Vaccination report Assam 1874-1896 - 1874-1896
Year: 1874
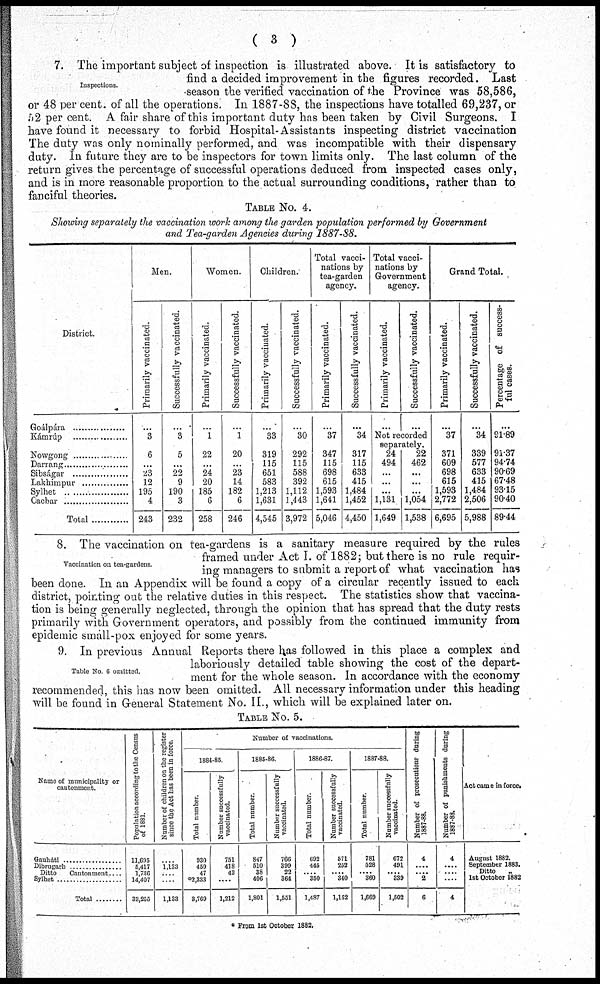
( 3 )
Inspections.
7. The important subject of inspection is illustrated above. It is satisfactory to
find a decided improvement in the figures recorded. Last
season the verified vaccination of the Province was 58,586,
or 48 per cent. of all the operations. In 1887-88, the inspections have totalled 69,237, or
52 per cent. A fair share of this important duty has been taken by Civil Surgeons. I
have found it necessary to forbid Hospital-Assistants inspecting district vaccination
The duty was only nominally performed, and was incompatible with their dispensary
duty. In future they are to be inspectors for town limits only. The last column of the
return gives the percentage of successful operations deduced from inspected cases only,
and is in more reasonable proportion to the actual surrounding conditions, rather than to
fanciful theories.
TABLE NO. 4.
Showing separately the vaccination work among the garden population performed by Government
and Tea-garden Agencies during 1887-88.
District.
Goálpára .................
Kámrúp .................
Nowgong .................
Darrang ....................
Sibságar ..................
Lakhimpur ..................
Sylhet
Cachar
Total
Men.
Primarily vaccinated.
...
3
6
...
23
12
195
4
243
Successfully vaccinated.
...
3
5
...
22
9
190
3
232
Women.
Primarily vaccinated.
...
1
22
...
24
20
185
6
258
Successfully vaccinated.
...
1
20
...
23
14
182
6
246
Children.
Primarily vaccinated.
...
33
319
115
651
583
1,213
1,631
4,545
Successfully vaccinated.
...
30
292
115
588
392
1,112
1,443
3,972
Total vacci-
nations by
tea-garden
agency.
Primarily vaccinated.
...
37
347
115
698
615
1,593
1,641
5,046
Successfully vaccinated.
...
34
317
115
633
415
1,484
1,452
4,450
Total vacci-
nations by
Government
agency.
Primarily vaccinated.
...
Successfully vaccinated.
...
Not recorded
separately.
24
494
...
...
...
1,131
1,649
22
462
...
...
...
1,054
1,538
Grand Total.
Primarily vaccinated.
...
37
371
609
698
615
1,593
2,772
6,695
Successfully vaccinated.
...
34
339
577
633
415
1,484
2,506
5,988
Percentage of success-
ful cases.
...
91.89
91.37
94.74
90.69
67.48
93.15
90.40
89.44
Vaccination on tea-gardens.
8. The vaccination on tea-gardens is a sanitary measure required by the rules
framed under Act I. of 1882; but there is no rule requir-
ing managers to submit a report of what vaccination has
been done. In an Appendix will be found a copy of a circular recently issued to each
district, pointing out the relative duties in this respect. The statistics show that vaccina-
tion is being generally neglected, through the opinion that has spread that the duty rests
primarily with Government operators, and possibly from the continued immunity from
epidemic small-pox enjoyed for some years.
Table No 6 omitted.
9. In previous Annual Reports there has followed in this place a complex and
laboriously detailed table showing the cost of the depart-
ment for the whole season. In accordance with the economy
recommended, this has now been omitted. All necessary information under this heading
will be found in General Statement No. II., which will be explained later on.
TABLE No. 5.
Name of municipality or
cantonment.
Gauháti ..................
Dibrugarh ..................
Ditto
Cantonment....
Sylhet ........................
Total .........
Population according to the Census
of 1881.
11,695
5,417
1,736
14,407
33,255
Number of children on the register
since the Act has been in force.
....
1,133
....
....
1,133
Number of vaccinations.
1884-85.
Total number.
930
459
47
*2,333
3,769
Number successfully
vaccinated.
751
418
43
....
1,212
1885-86.
Total number.
847
510
38
406
1,801
Number successfully
vaccinated.
766
399
22
364
1,551
1886-87.
Total number
692
445
.... 350
1,487
Number successfully
vaccinated.
571
252
.... 340
1,162
1887-88.
Total number.
781
528
.... 360
1,669
Number successfully
vaccinated.
672
491
.... 339
1,502
Number of prosecutions during
1887-88.
4
....
.... 2
6
Number of punishments during
1887-88.
4
....
....
....
4
Act came in force.
August 1882.
September 1883.
Ditto
„
1st October 1882
* From 1st October 1882.